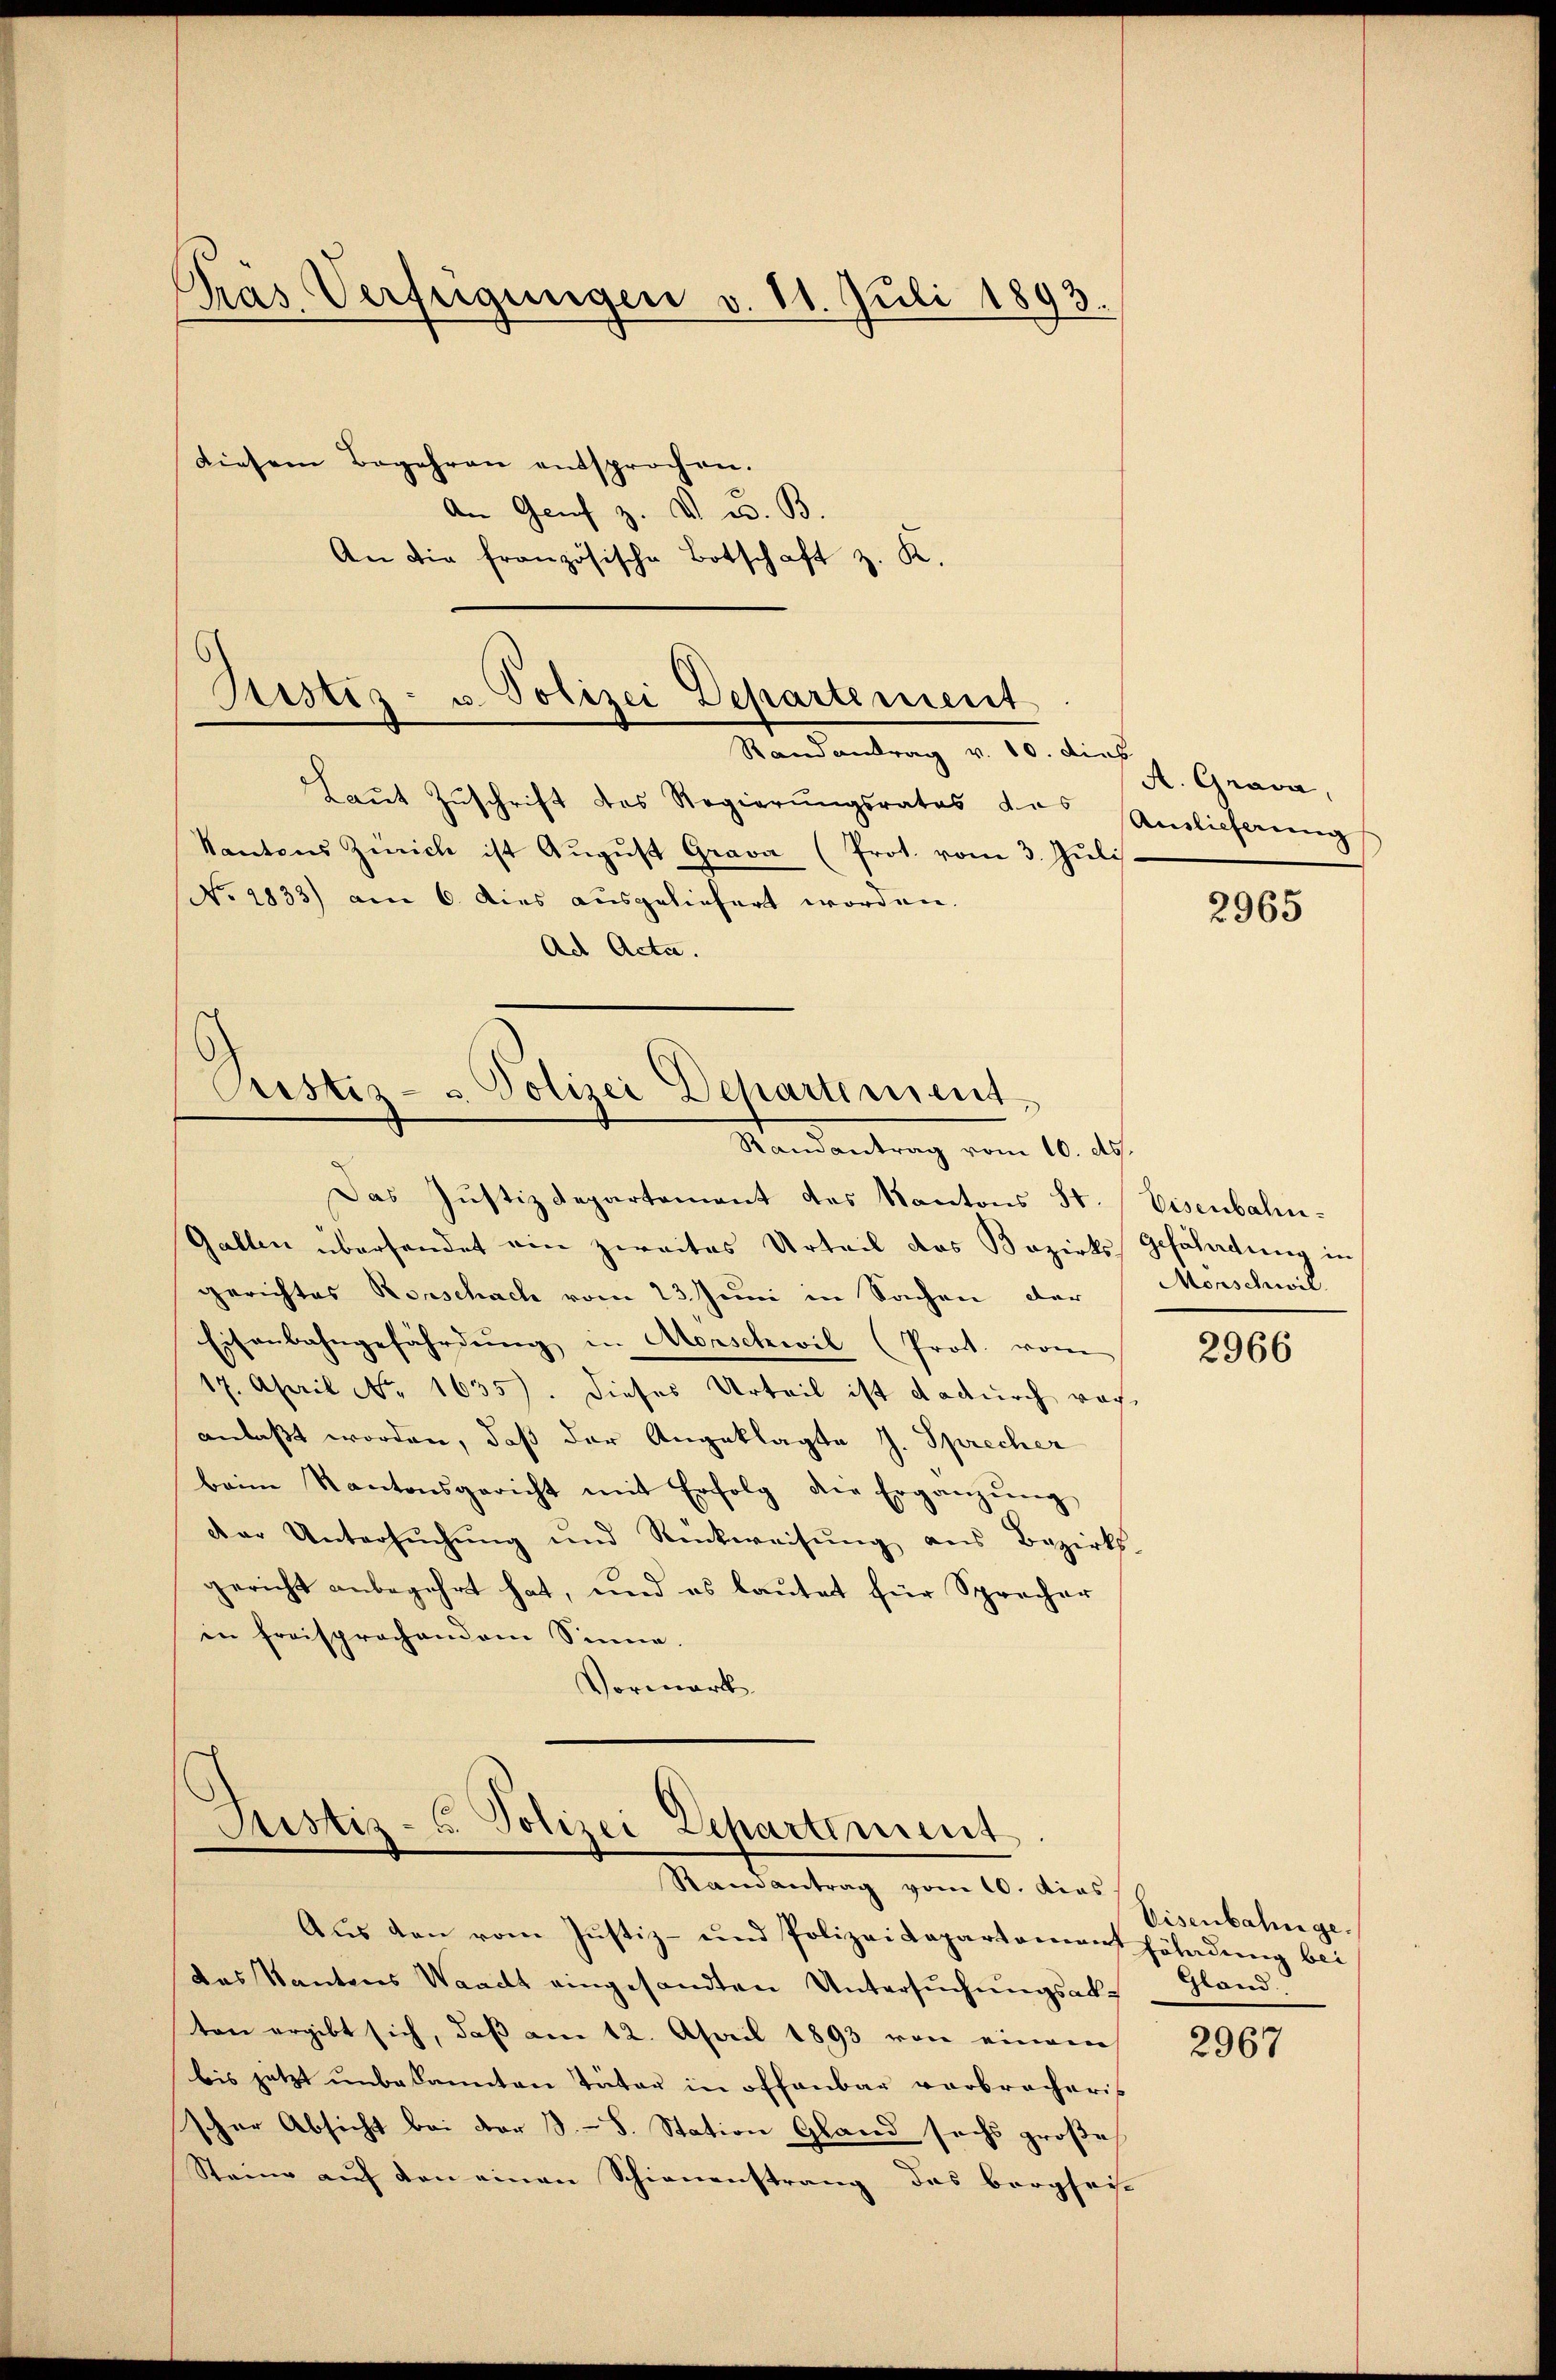
Präs. Verfügungen v. 11. Juli 1893.

diesem Begehren entsprochen.
An Genf z. V. u. B.
An die französische Botschaft z. K.

Ristis- u. Polizei Departement
Randantrag v. 10. dies

Laŭt Zŭschrift das Regierŭngsrates des Anlieferŭng
Kantons Zürich ist Aŭgŭst Grava (Prot. vom 3. Juli.
NNo. 2833) am 6. dies ausgeliefert worden.
Ad Acta.

Justiz- & Polizei Departement
Randantrag vom 10. ds.

Justiz- u. Polizei Departement
Ramantrag vom 10. dies

Das Justizdepartement des Kantons St. Eisenbahn-
Gallen übersendet ein zweites Urteil das Bezirks Gefährdung in
gerichtes Rorschach vom 23. Juni in Sachen der
Eisenbahngefährdung in Morschwil (Prot. vom
17. April No 1635). Dieses Urteil ist dadurch rech
anlaßt worden, daß der Angeklagte J. Sprecher
beim Kantonsgericht mit Erfolg die Ergänzŭng
Dar Untersŭchŭng und Rückweisŭng aus Bezirks-
gericht anbegehrt hat, und es laŭtet für Sprecher
in freisprachendem Sinne.
Vormark

Aus den vom Justiz- und Polizeidepartement Erladung bei
das Kantons Waadt eingesandten Untersŭchŭngsakt Gland
ten ergibt sich, daß am 12. April 1893 von eine
bis jetzt unbekannten Täter in offenbar verbracheris
scher Absicht bei der S.S. Station Gland sechs große
Steine auf den einen Schienenstrang des Bergheis

A. Grava,

2965

Monschwil.

2966

Eisenbahnge

2967